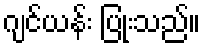
ဂျင်ယန်း ပြုံးသည်။